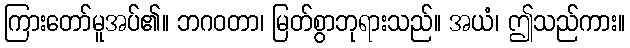
ကြားတော်မူအပ်၏။ ဘဂဝတာ၊ မြတ်စွာဘုရားသည်။ အယံ၊ ဤသည်ကား။